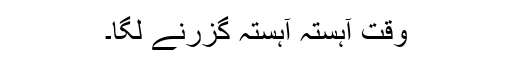
وقت آہستہ آہستہ گزرنے لگا۔